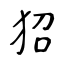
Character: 㹦